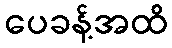
ပေခန့်အထိ